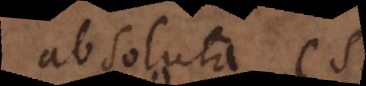
absoluta est,